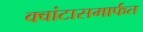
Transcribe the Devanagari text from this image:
क्वांटासमार्फत